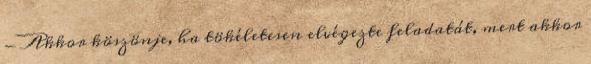
- Akkor köszönje, ha tökéletesen elvégezte feladatát, mert akkor